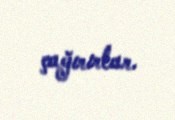
çağırırlar.